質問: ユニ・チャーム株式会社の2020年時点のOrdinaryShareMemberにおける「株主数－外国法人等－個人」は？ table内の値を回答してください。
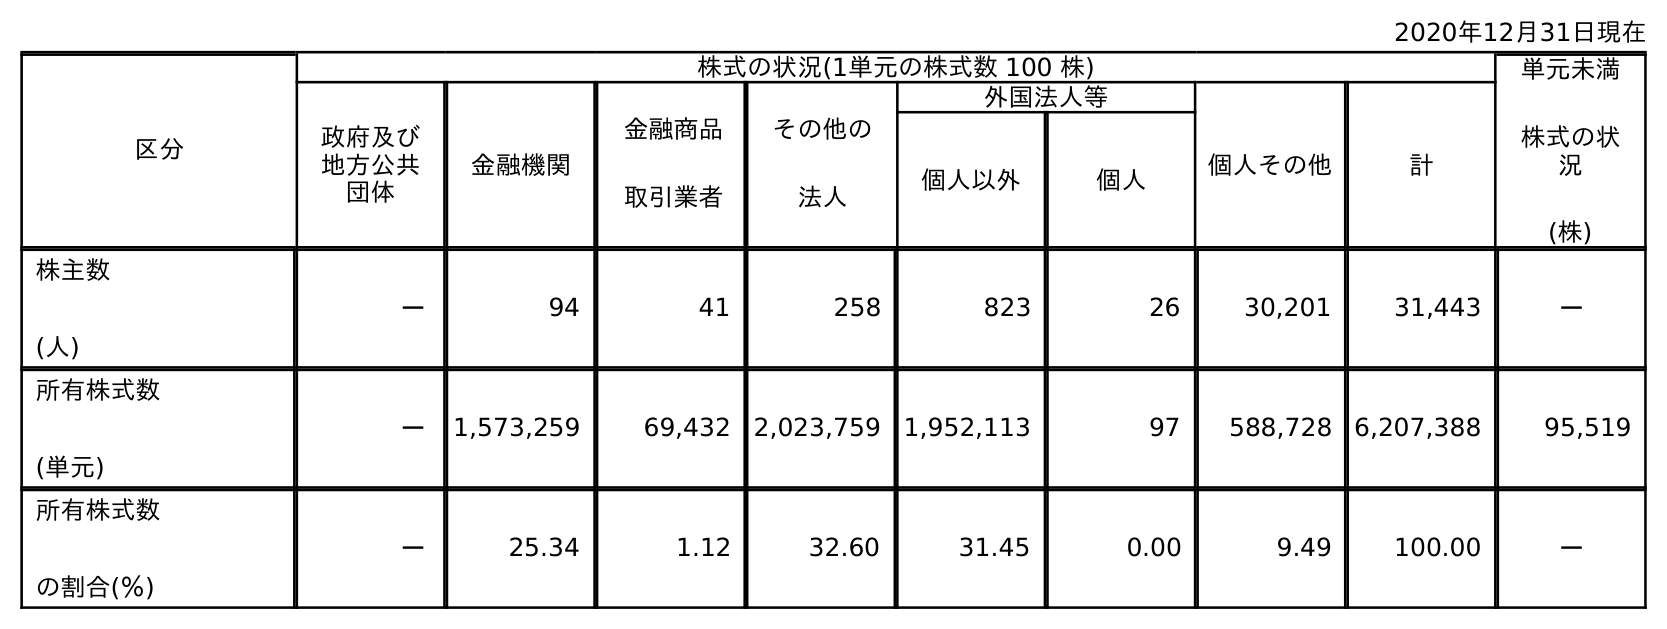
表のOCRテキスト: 2020年12月31日現在 区分 株式の状況(1単元の株式数 100 株) 単元未満 株式の状 況 (株) 政府及び 地方公共 団体 金融機関 金融商品 取引業者 その他の 法人 外国法人等 個人その他 計 個人以外 個人 株主数 (人) － 94 41 258 823 26 30,201 31,443 － 所有株式数 (単元) － 1,573,259 69,432 2,023,759 1,952,113 97 588,728 6,207,388 95,519 所有株式数 の割合(％) － 25.34 1.12 32.60 31.45 0.00 9.49 100.00 －
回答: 26